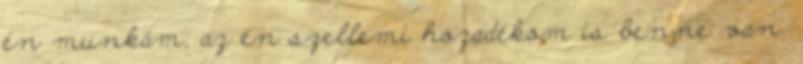
én munkám, az én szellemi hozadékom is benne van.